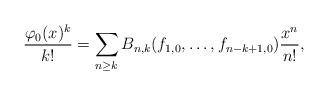
LaTeX: \begin{align*}\frac{\varphi_0(x)^k}{k!}=\sum_{n\geq k}B_{n,k}(f_{1,0},\ldots,f_{n-k+1,0})\frac{x^n}{n!},\end{align*}